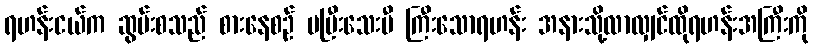
ရဟန်းငယ်က ဆွမ်းစသည် စားနေစဉ် မပြီးသေးမီ ကြီးသောရဟန်း အနားသို့လာလျှင်ထိုရဟန်းအကြီးကို